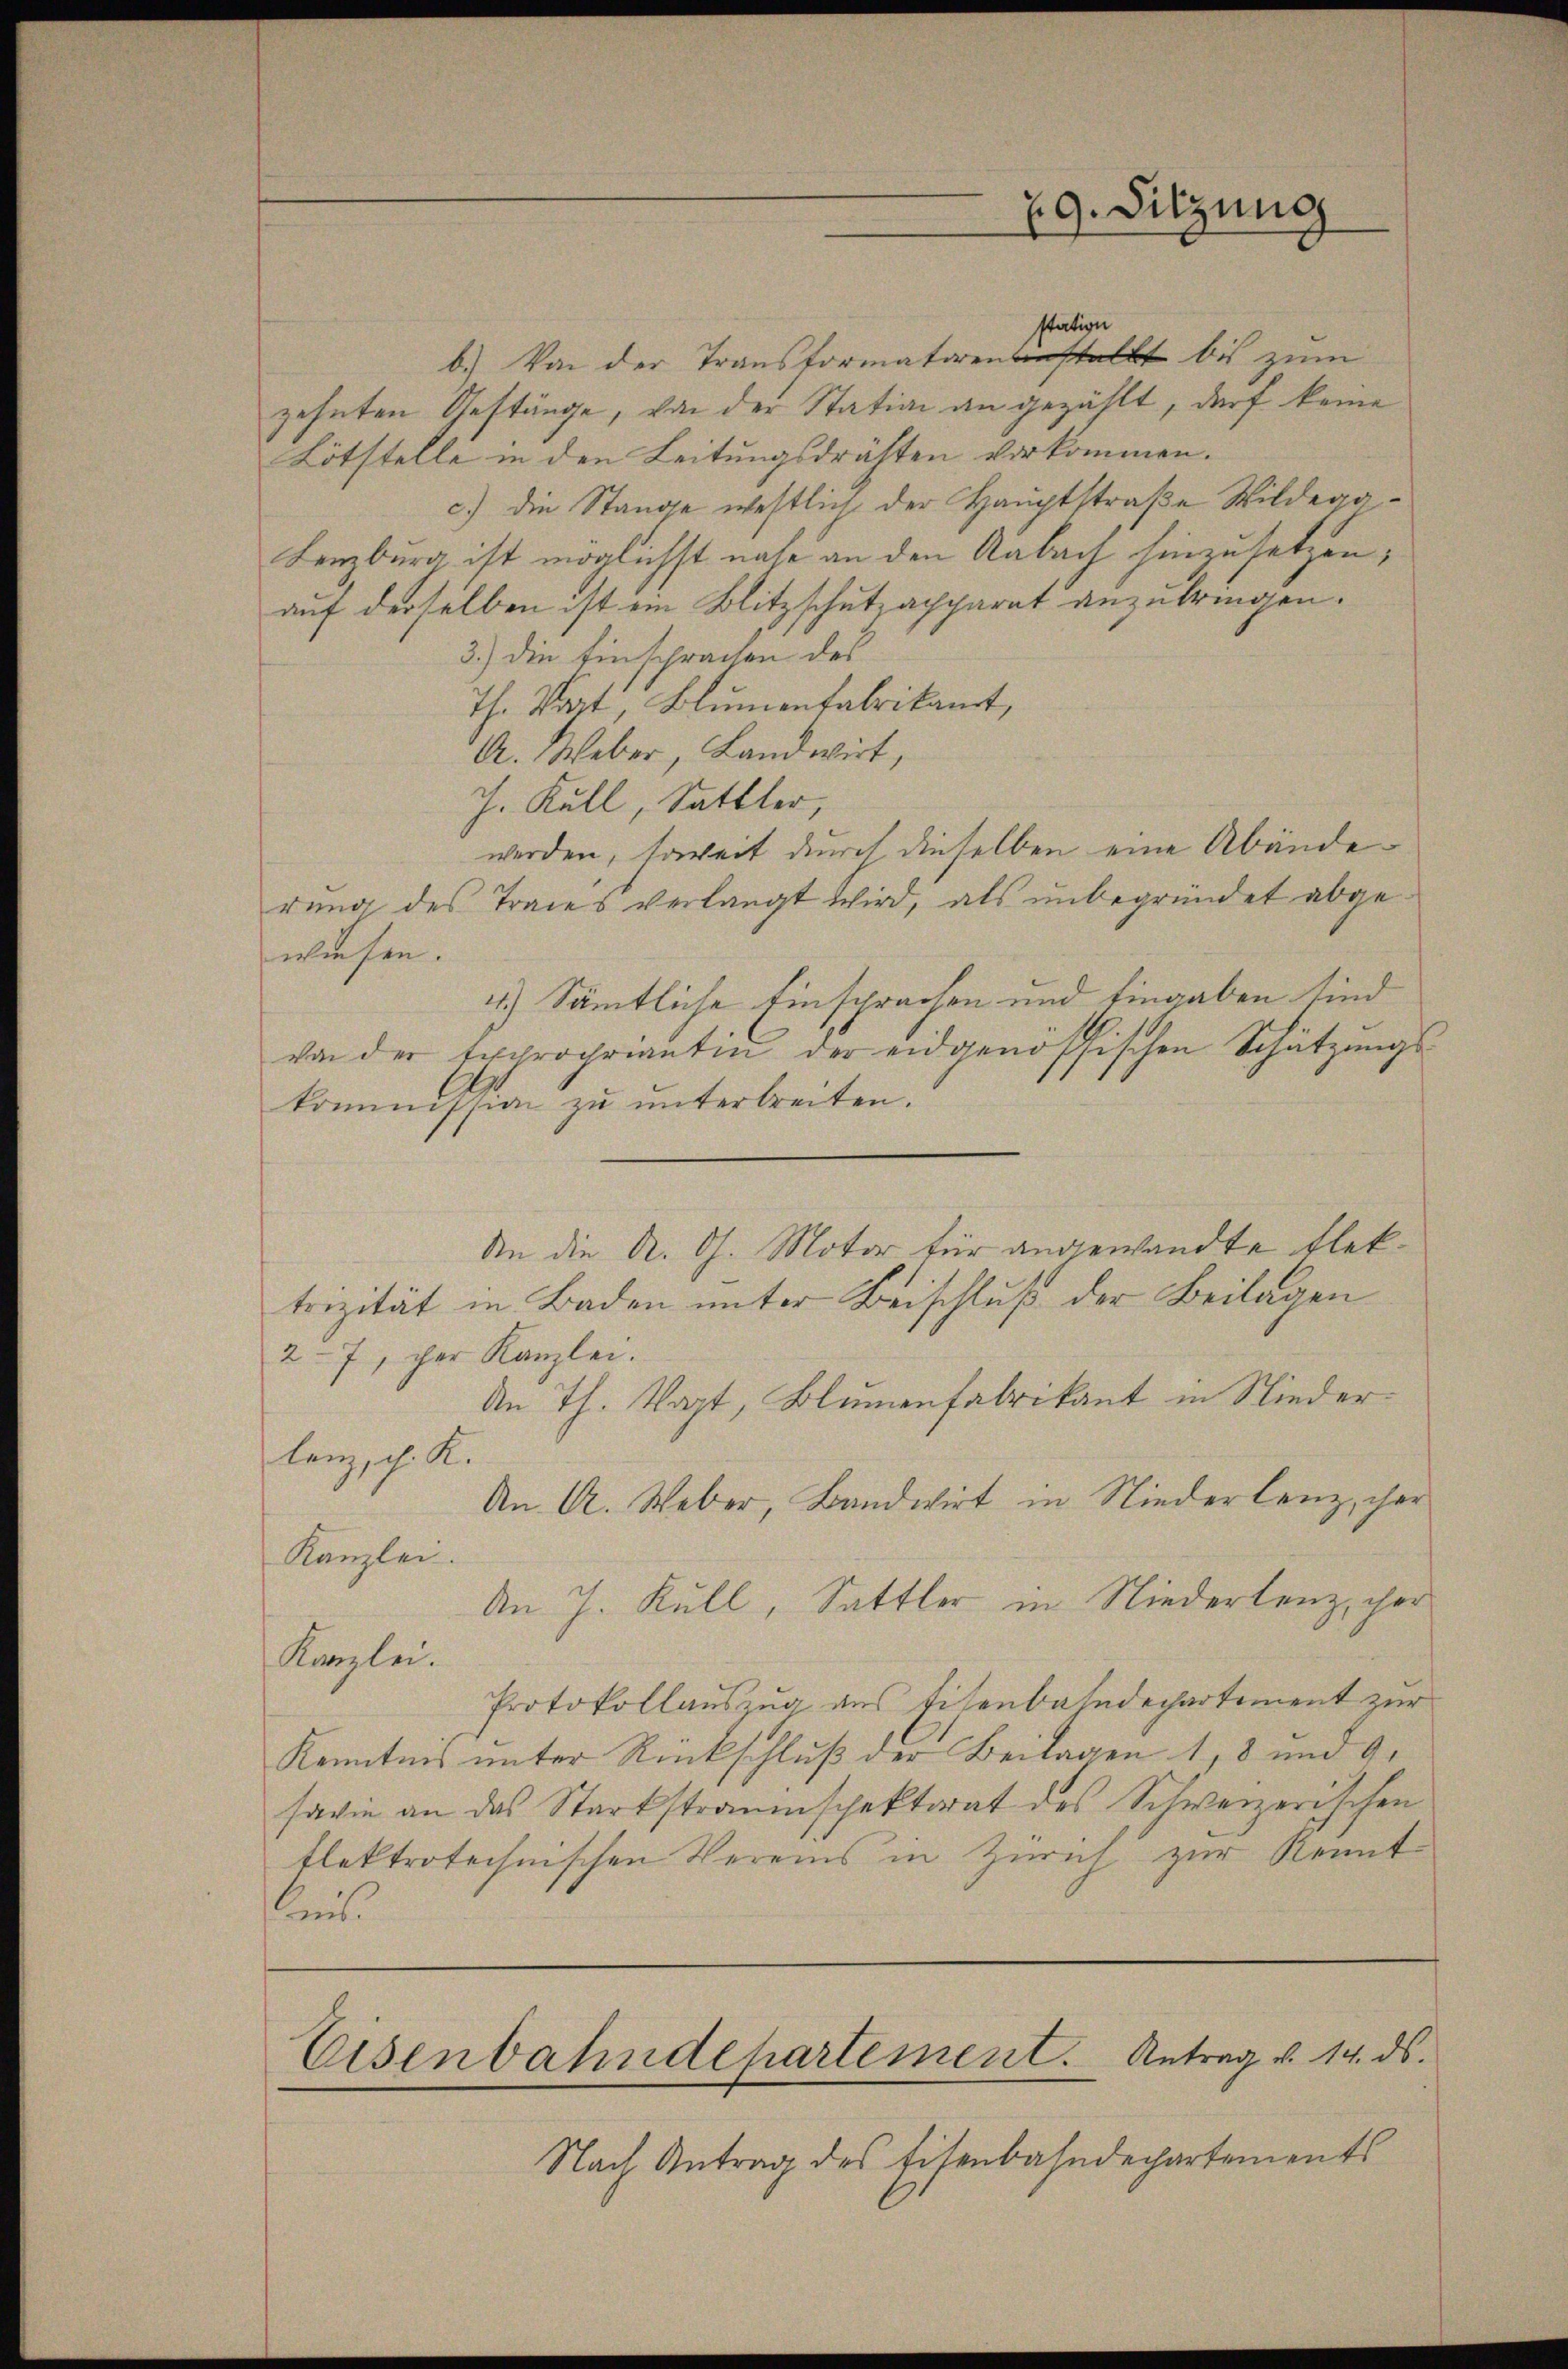
station
b.) Von der Transformatorenanstallt bis zum
zehnten Gestänge, von der Station an gezählt, darf keine
Lötstelle in den Leitungsdrähten vorkommen.
c.) die Stange westlich der Hauptstraße Wildega¬
Lenzburg ist möglichst nahe an den Aabach hinzusetzen,
auf derselben ist ein Blitzschutzapparat anzubringen.
3.) Die Einsprachen des
Th. Wart, Blumenfabrikant,
A. Weber, Landwirt,
J. Kull, Sattler,
werden, soweit durch dieselben eine Abänderung des Traces verlangt wird, als unbegründet abge
wiesen.
4.) Sämtliche Einsprachen und Eingaben sind
von der Expropriantin der eidgenössischen Schätzungskommission zŭ ŭnterbreiten.
An die A. G. Motor für angewandte Flektrizität in Baden unter Beischluß der Beilagen
27, der Kanzlei.
An Th. Kapt, Blumenfabrikant in Niederlanz, dh. K.
An A. Weber, Bandwirt in Niederlenz, her
Kanzlei.
An J. Kull, Sattler in Niederlenz, her
Kanzlei.
Protokollauszug aus Eisenbahndechartement zur
Kenntnis unter Rückschluß der Beilagen 1, 8 und 9.
savie an das Starkstraumschektorat des Schweizerischen
tlektrotechnischen Vereins in Zürich zur Kenntlmit

29. Sitzung

Eisenbahndepartement. Antrag v. 14. ds.

Nach Antrag des Eisenbahndepartements